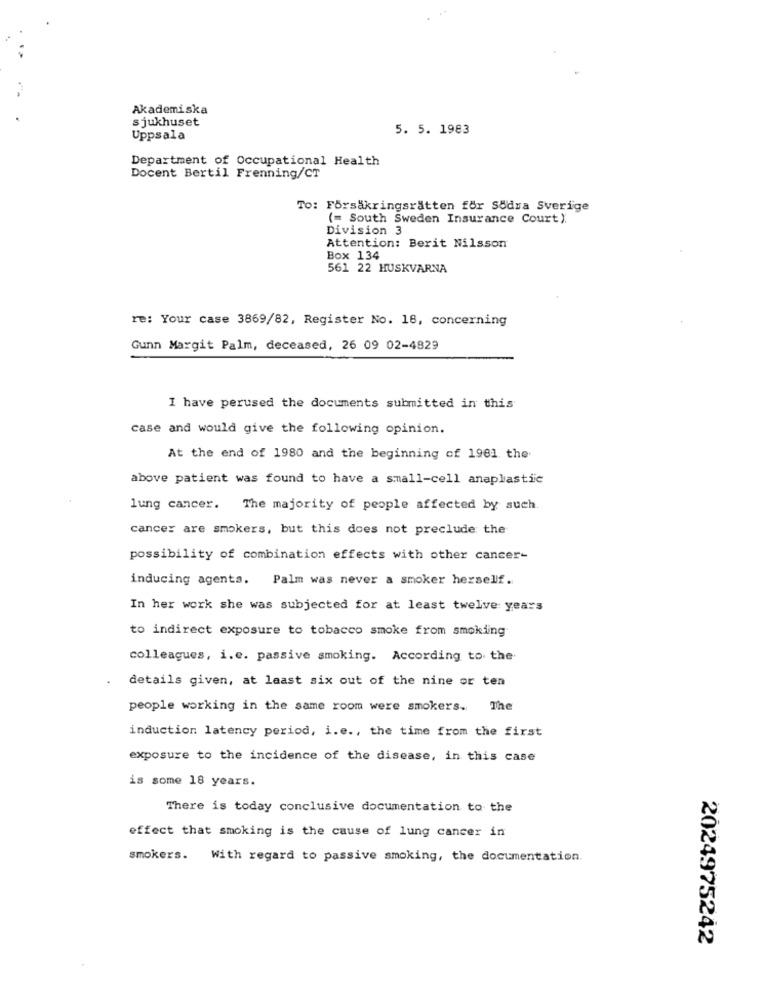
Akademiska
sjukhuset
5. 5. 1983
Uppsala
Department of Occupational Health
Docent Bertil Frenning/CT
To: Försäkringsrätten för Södra Sverige
(= South Sweden Insurance Court ).
Division 3
Attention: Berit Nilsson
Box 134
561 22 HUSKVARNA
re: Your case 3869/82, Register No. 18, concerning
Gunn Margit Palm, deceased, 26 09 02-4829
I have perused the documents submitted in this
case and would give the following opinion.
At the end of 1980 and the beginning of 1981 the
above patient was found to have a small-cell anaplastic
lung cancer. The majority of people affected by such.
cancer are smokers, but this does not preclude: the
possibility of combination effects with other cancer-
inducing agents. Palm was never a smoker herself.
In her work she was subjected for at least twelve years
to indirect exposure to tobacco smoke from smoking
colleagues, i.e. passive smoking. According to the
details given, at least six out of the nine or ten
people working in the same room were smokers. The
induction latency period, i.e ., the time from the first
exposure to the incidence of the disease, in this case
is some 18 years.
There is today conclusive documentation to the
effect that smoking is the cause of lung cancer in
smokers. With regard to passive smoking, the documentation.
2024975242